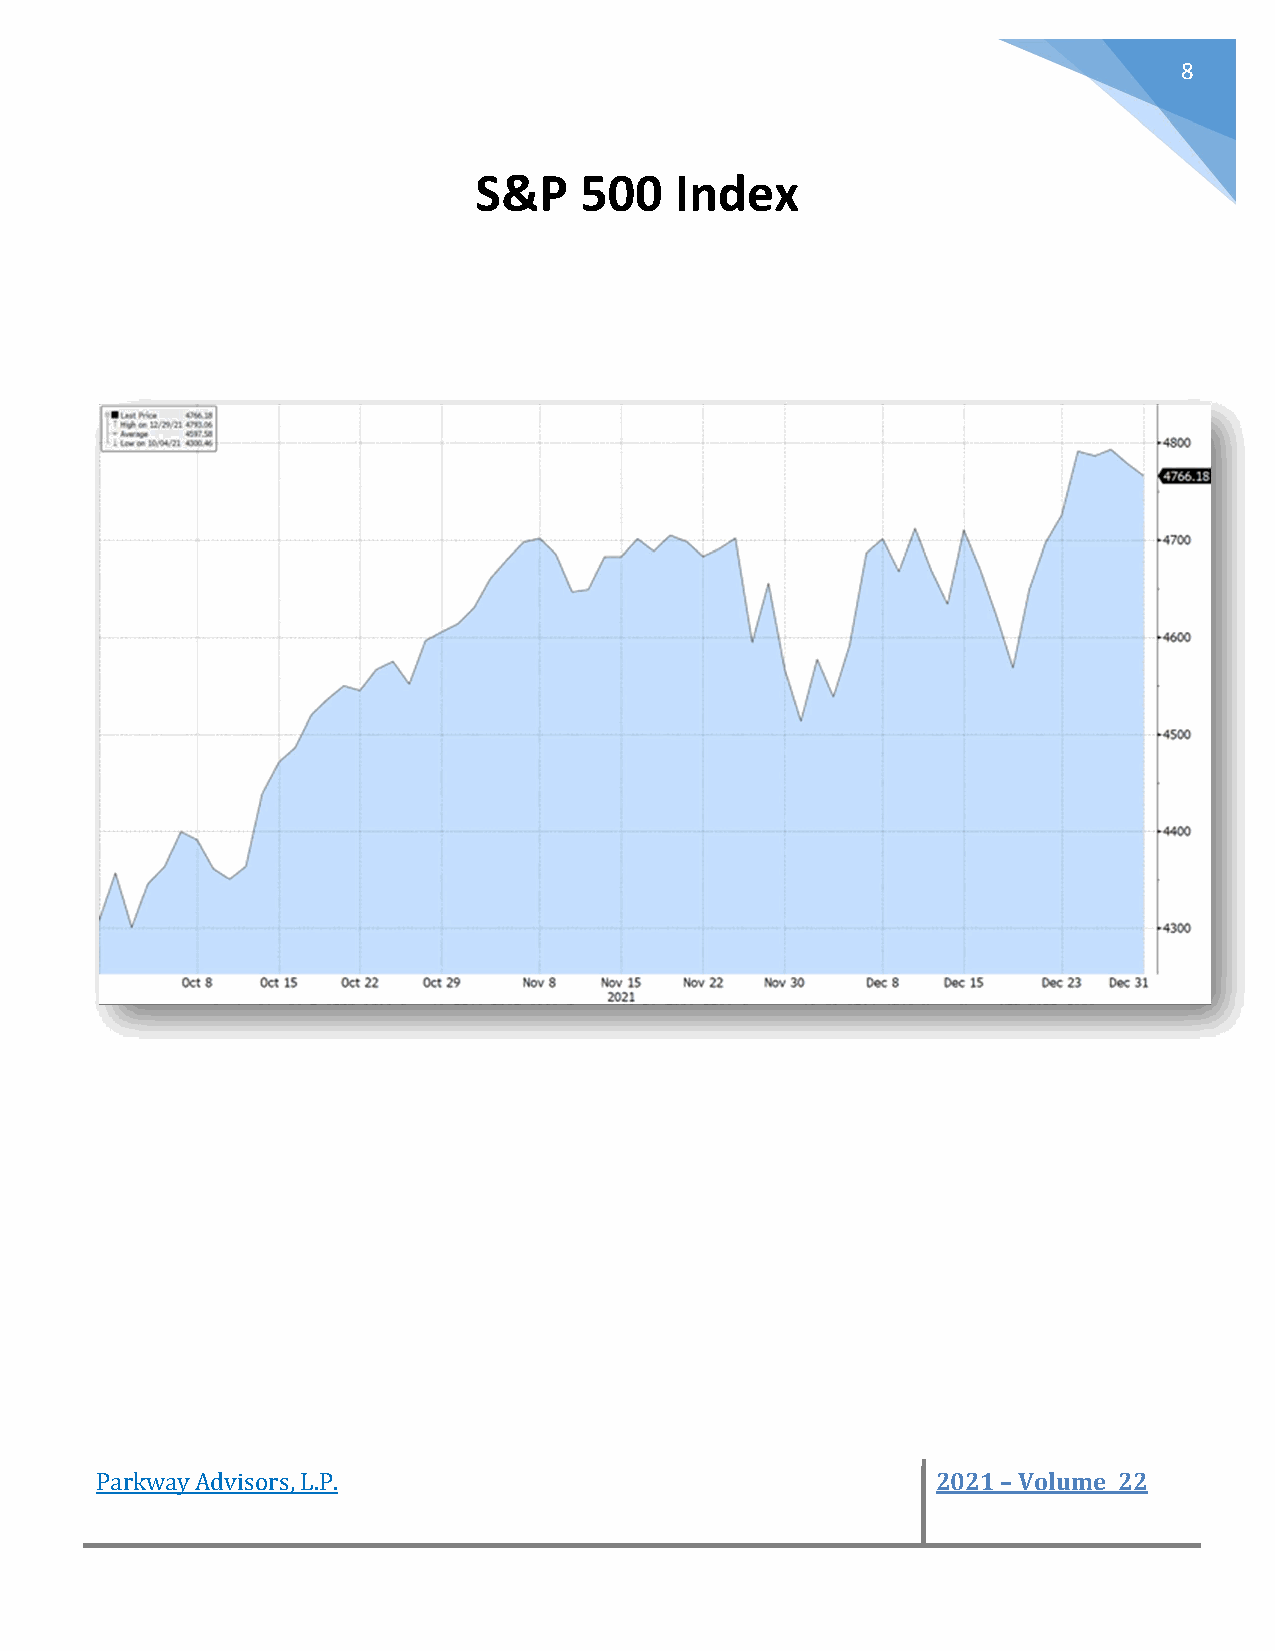
8
 S&P    500    Index
 Parkway Advisors, L.P.                                  2021 – Volume 22